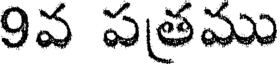
9వ పతము